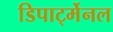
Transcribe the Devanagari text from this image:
डिपार्ट्मेनल